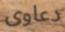
دعاوى